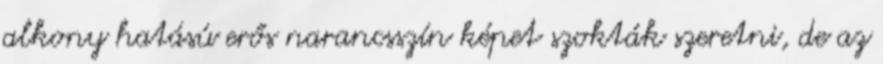
alkony hatású erős narancsszín képet szokták szeretni, de az